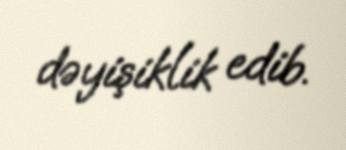
dəyişiklik edib.